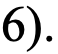
6).